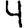
Digit: 4